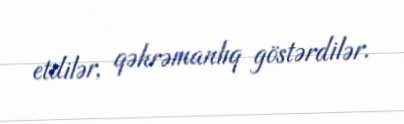
etdilər, qəhrəmanlıq göstərdilər.